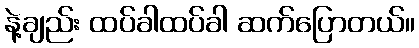
နဲ့ချည်း ထပ်ခါထပ်ခါ ဆက်ပြောတယ်။